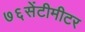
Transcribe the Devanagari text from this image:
७६सेंटीमीटर